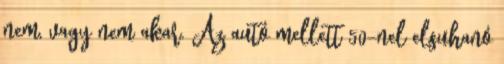
nem, vagy nem akar. Az autó mellett 50-nel elsuhanó